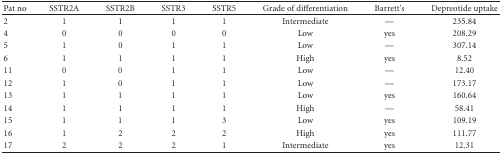
<table><thead><tr><td><b> Pat no</b></td><td><b>SSTR2A</b></td><td><b>SSTR2B</b></td><td><b>SSTR3</b></td><td><b>SSTR5</b></td><td><b>Grade of differentiation</b></td><td><b>Barrett&#x27;s</b></td><td><b>Depreotide uptake</b></td></tr></thead><tbody><tr><td>2</td><td>1</td><td>1</td><td>1</td><td>1</td><td>Intermediate</td><td>—</td><td>235.84</td></tr><tr><td>4</td><td>0</td><td>0</td><td>0</td><td>0</td><td>Low</td><td>yes</td><td>208.29</td></tr><tr><td>5</td><td>1</td><td>0</td><td>1</td><td>1</td><td>Low</td><td>—</td><td>307.14</td></tr><tr><td>6</td><td>1</td><td>1</td><td>1</td><td>1</td><td>High</td><td>yes</td><td>8.52</td></tr><tr><td>11</td><td>0</td><td>0</td><td>1</td><td>1</td><td>Low</td><td>—</td><td>12.40</td></tr><tr><td>12</td><td>1</td><td>0</td><td>1</td><td>1</td><td>Low</td><td>—</td><td>173.17</td></tr><tr><td>13</td><td>1</td><td>1</td><td>1</td><td>1</td><td>Low</td><td>yes</td><td>160.64</td></tr><tr><td>14</td><td>1</td><td>1</td><td>1</td><td>1</td><td>High</td><td>—</td><td>58.41</td></tr><tr><td>15</td><td>1</td><td>1</td><td>1</td><td>3</td><td>Low</td><td>yes</td><td>109.19</td></tr><tr><td>16</td><td>1</td><td>2</td><td>2</td><td>2</td><td>High</td><td>yes</td><td>111.77</td></tr><tr><td>17</td><td>2</td><td>2</td><td>2</td><td>1</td><td>Intermediate</td><td>yes</td><td>12.31</td></tr></tbody></table>